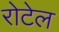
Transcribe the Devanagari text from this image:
रोटेल